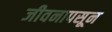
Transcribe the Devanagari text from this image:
जीवनापसून